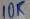
Text: 10K